Indian journal of veterinary science and animal husbandry - Volume 14,
Year: 1944
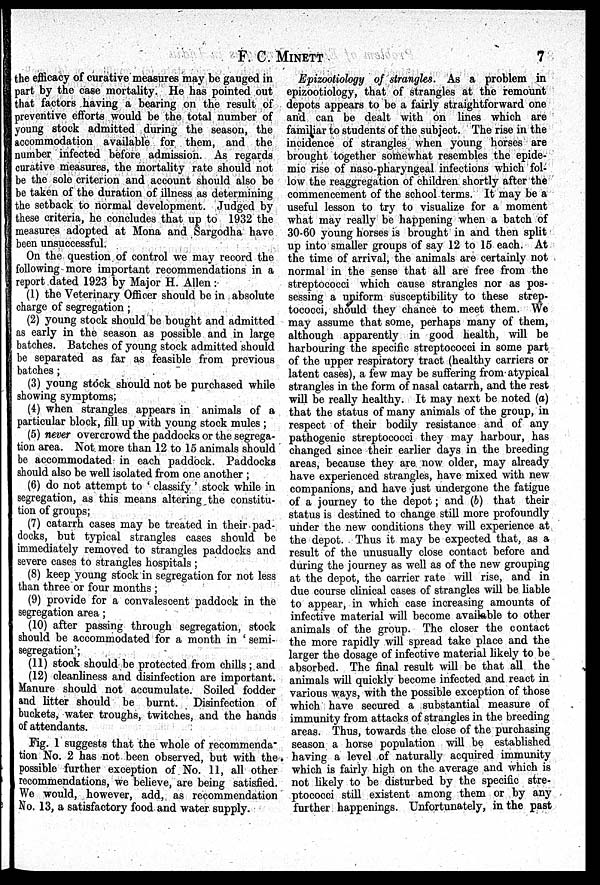
F. C. MINETT
7
the efficacy of curative measures may be gauged in
part by the case mortality. He has pointed out
that factors having a bearing on the result of
preventive efforts would be the total number of
young stock admitted during the season, the
accommodation available for them, and the
number infected before admission. As regards
curative measures, the mortality rate should not
be the sole criterion and account should also be
be taken of the duration of illness as determining
the setback to normal development. Judged by
these criteria, he concludes that up to 1932 the
measures adopted at Mona and Sargodha have
been unsuccessful.
On the question of control we may record the
following more important recommendations in a
report dated 1923 by Major H. Allen:
(1) the Veterinary Officer should be in absolute
charge of segregation;
(2) young stock should be bought and admitted
as early in the season as possible and in large
batches. Batches of young stock admitted should
be separated as far as feasible from previous
batches;
(3) young stock should not be purchased while
showing symptoms;
(4) when strangles appears in animals of a
particular block, fill up with young stock mules;
(5) never overcrowd the paddocks or the segrega-
tion area. Not more than 12 to 15 animals should
be accommodated in each paddock. Paddocks
should also be well isolated from one another;
(6) do not attempt to 'classify' stock while in
segregation, as this means altering the constitu-
tion of groups;
(7) catarrh cases may be treated in their pad-
docks, but typical strangles cases should be
immediately removed to strangles paddocks and
severe cases to strangles hospitals;
(8) keep young stock in segregation for not less
than three or four months;
(9) provide for a convalescent paddock in the
segregation area;
(10) after passing through segregation, stock
should be accommodated for a month in 'semi-
segregation';
(11) stock should be protected from chills; and
(12) cleanliness and disinfection are important.
Manure should not accumulate. Soiled fodder
and litter should be burnt. Disinfection of
buckets, water troughs, twitches, and the hands
of attendants.
Fig. 1 suggests that the whole of recommenda-
tion No. 2 has not been observed, but with the
possible further exception of No. 11, all other
recommendations, we believe, are being satisfied.
We would, however, add, as recommendation
No. 13, a satisfactory food and water supply.
Epizootiology of strangles. As a problem in
epizootiology, that of strangles at the remount
depots appears to be a fairly straightforward one
and can be dealt with on lines which are
familiar to students of the subject. The rise in the
incidence of strangles when young horses are
brought together somewhat resembles the epide-
mic rise of naso-pharyngeal infections which fol-
low the reaggregation of children shortly after the
commencement of the school terms. It may be a
useful lesson to try to visualize for a moment
what may really be happening when a batch of
30-60 young horses is brought in and then split
up into smaller groups of say 12 to 15 each. At
the time of arrival, the animals are certainly not
normal in the sense that all are free from the
streptococci which cause strangles nor as pos-
sessing a uniform susceptibility to these strep-
tococci, should they chance to meet them. We
may assume that some, perhaps many of them,
although apparently in good health, will be
harbouring the specific streptococci in some part
of the upper respiratory tract (healthy carriers or
latent cases), a few may be suffering from atypical
strangles in the form of nasal catarrh, and the rest
will be really healthy. It may next be noted (a)
that the status of many animals of the group, in
respect of their bodily resistance and of any
pathogenic streptococci they may harbour, has
changed since their earlier days in the breeding
areas, because they are now older, may already
have experienced strangles, have mixed with new
companions, and have just undergone the fatigue
of a journey to the depot; and (b) that their
status is destined to change still more profoundly
under the new conditions they will experience at
the depot. Thus it may be expected that, as a
result of the unusually close contact before and
during the journey as well as of the new grouping
at the depot, the carrier rate will rise, and in
due course clinical cases of strangles will be liable
to appear, in which case increasing amounts of
infective material will become available to other
animals of the group. The closer the contact
the more rapidly will spread take place and the
larger the dosage of infective material likely to be
absorbed. The final result will be that all the
animals will quickly become infected and react in
various ways, with the possible exception of those
which have secured a substantial measure of
immunity from attacks of strangles in the breeding
areas. Thus, towards the close of the purchasing
season a horse population will be established
having a level of naturally acquired immunity
which is fairly high on the average and which is
not likely to be disturbed by the specific stre-
ptococci still existent among them or by any
further happenings. Unfortunately, in the past